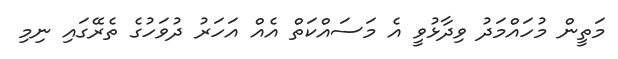
މަތީން މުހައްމަދު ވިދާޅުވީ އެ މަސައްކަތް އެއް އަހަރު ދުވަހުގެ ތެރޭގައި ނިމި